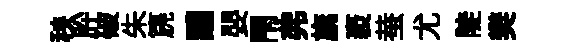
秧肸破朱篪醲嬰閇弗旐袤蛬尤陡樊